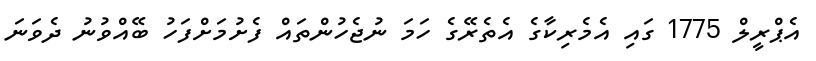
އެޕްރީލް 1775 ގައި އެމެރިކާގެ އެތެރޭގެ ހަމަ ނުޖެހުންތައް ފެށުމަށްފަހު ބޭއްވުނު ދެވަނަ